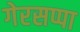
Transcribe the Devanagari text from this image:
गेरसप्पा